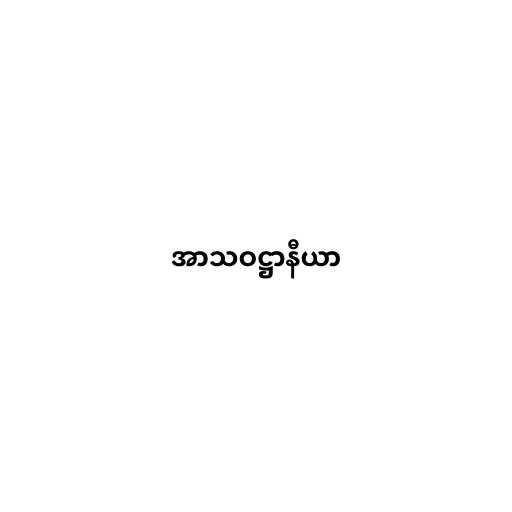
အာသဝဋ္ဌာနီယာ